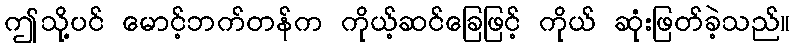
ဤသို့ပင် မောင့်ဘက်တန်က ကိုယ့်ဆင်ခြေဖြင့် ကိုယ် ဆုံးဖြတ်ခဲ့သည်။